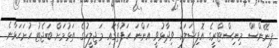
ފިނޭންސް މިނިސްޓްރީގެ އޮފިޝަލަކު ވިދާޅުވީ އަންނަ ހަފުތާގައި މަޖިލީހުގެ ތަޅުމަށް ބަޖެޓު ހުށަހަޅާނެ